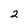
Character: 2